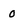
Character: 0